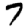
Digit: 7